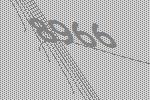
8966